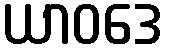
ယာဝဒေ